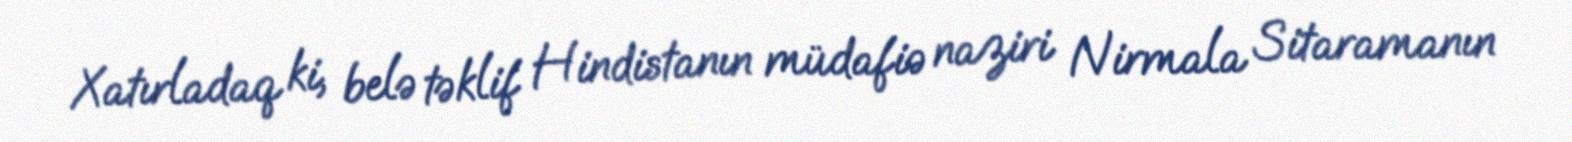
Xatırladaq ki, belə təklif Hindistanın müdafiə naziri Nirmala Sitaramanın